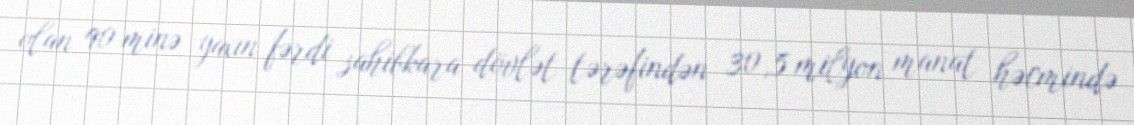
olan 90 minə yaxın fərdi sahibkara dövlət tərəfindən 30,5 milyon manat həcmində